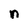
Character: n